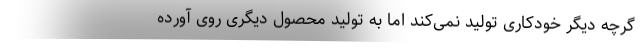
گرچه دیگر خودکاری تولید نمی‌کند اما به تولید محصول دیگری روی آورده